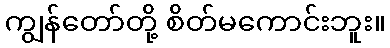
ကျွန်တော်တို့ စိတ်မကောင်းဘူး။